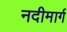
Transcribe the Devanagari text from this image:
नदीमार्ग